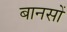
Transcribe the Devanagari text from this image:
बानसों